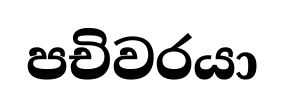
පචිවරයා